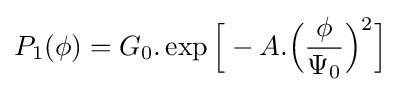
P_{1}(\phi )=G_{0}.\exp {\Bigr [}-A.{\Big (}{\frac {\phi }{\Psi _{0}}}{\Big )}^{2}{\Bigr ]}